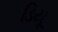
ડિયૂ